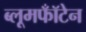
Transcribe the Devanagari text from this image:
ब्लूमफॉँटेन